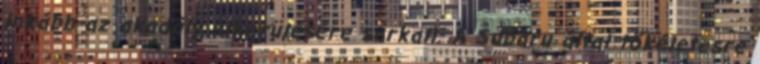
inkább az akadály elkerülésére sarkall. A Subaru által tökéletesre